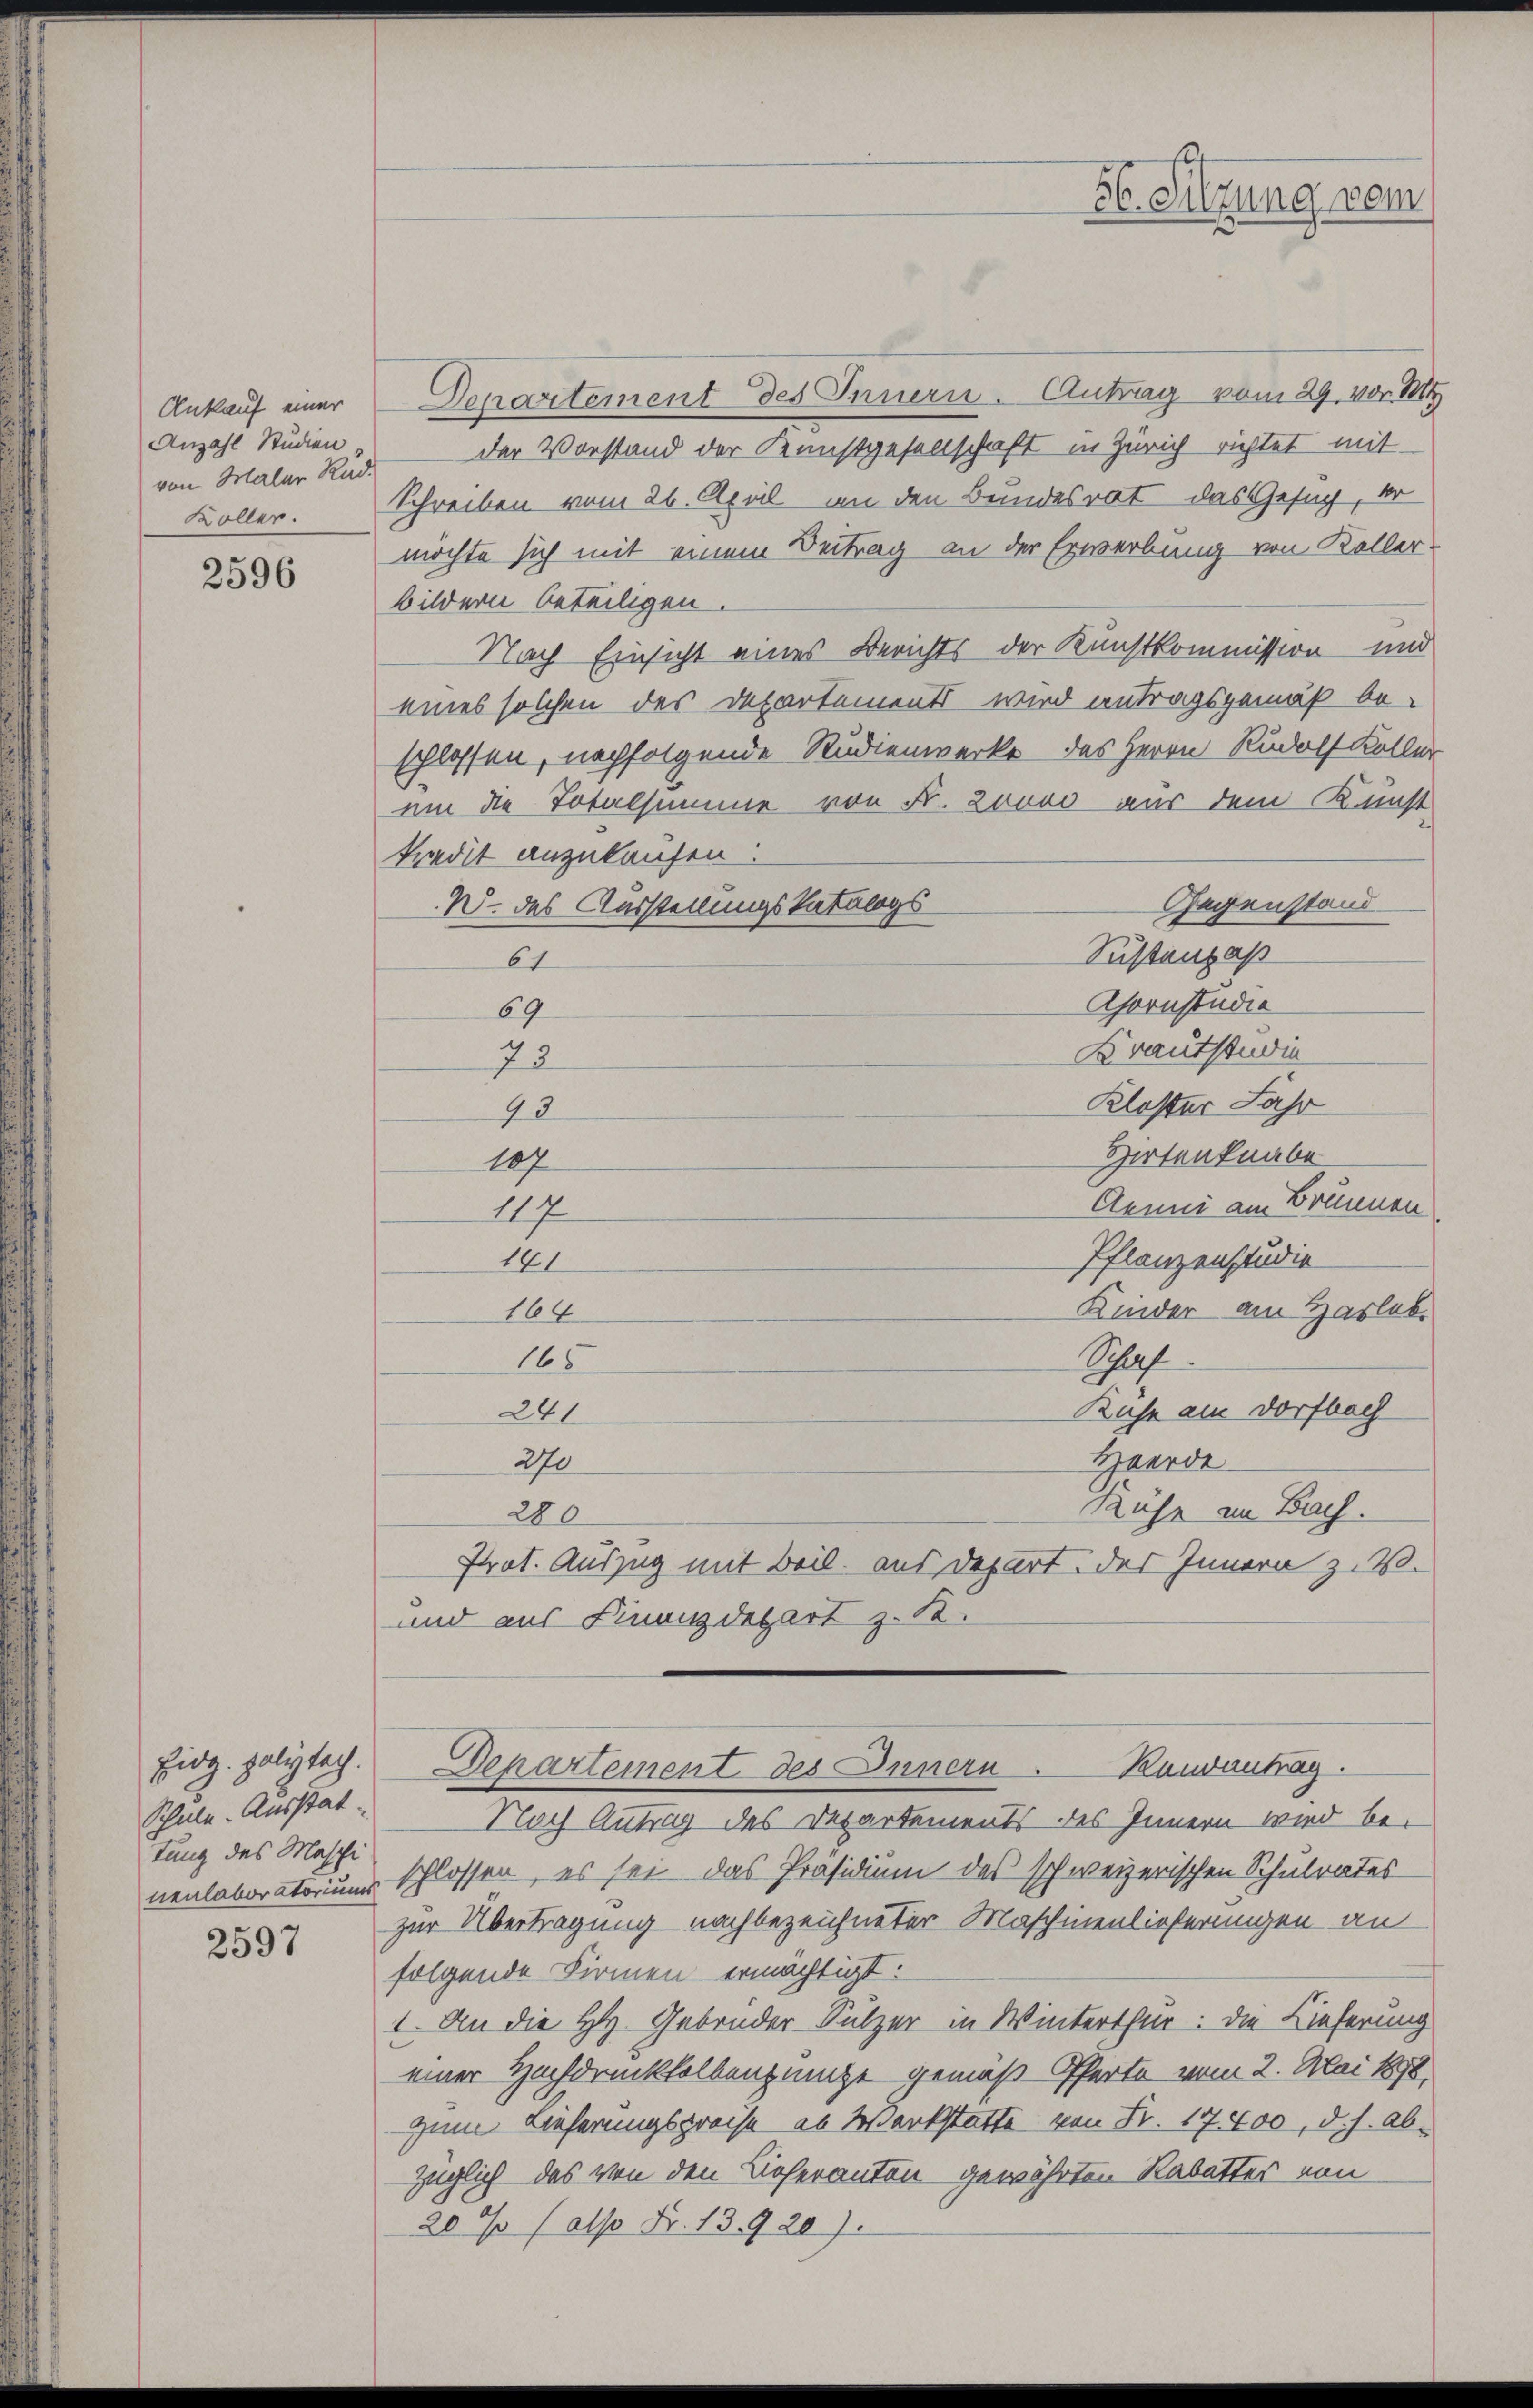
Ankauf einer
Anzahl Studien
von Maler Rud.
Koller.

2596

Eid. politich.
Schule Ausstat
tung des Maschi
nenlaboratorium

2597

Departement des Innern. Antrag vom 29. vor 1
der Vorstand der Kunstgesellschaft in Zürich richtet mit
Schreiben vom 26. April an den Bundesrat das Gesuch, kr
möchte sich mit einem Beitrag an der Erwerbung von Koller¬
Bildern beteiligen.
Nach Einsicht eines Berichts der Kunstkommission und
eines solchen des Departements wird antragsgemäß beschlossen, nachfolgende Studienwerke des Herrn Rudolf Keller
uin die Totalsumme von Fr. Zoooo aus dem Kunst
kredit anzukaufen:
U. des Ausstellungskatalogs
Gegenstand
Sustenpaß
64
Ahornstudie
69
Krautstudie
72
Kloster Jahr
92
Hirtenknabe
107
Aenni am Brunnen
117
Pflanzenstudie
141
Kinder am Hasleb
164
165
Schaf
Kühe am Dorfbach
241
Herde
270
Rühr in Bach.
280
Prot. Auszug mit Beil aus Depart. des Innern z. B.
und aus Finanzdepart z. B.

Nach Antrag des Departements des Innern wird beschlossen, es sei das Präsidium des schweizerischen Schulrates
zur Übertragung nachbezeichneter Maschinenlieferungen an
folgende Firmen ermächtigt:
1. An die H. Gebrüder Sulzer in Winterthur: Die Lieferung
einer Hochdruckfelbenzinge gemäß Offerte vom 2. Mai 1898
zum Lieferungspreise as Werkstatte von Fr. 17400, d. h. abzüglich das von den Lieferanton gewährten Rabatter von
20 % (also Fr. 13920).

56. Sitzung vom

Departement des Innern. Kandantrag.